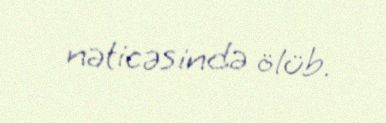
nəticəsində ölüb.